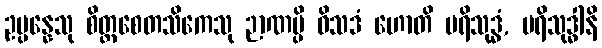
ဥပ္ပန္နေသု စိတ္တစေတသိကေသု ဉာဏမ္ပိ ဝိသဒံ ဟောတိ ပရိသုဒ္ဓံ, ပရိသုဒ္ဓါနိ